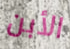
الأبن